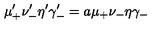
\mu _ { + } ^ { \prime } \nu _ { - } ^ { \prime } \eta ^ { \prime } \gamma _ { - } ^ { \prime } = a \mu _ { + } \nu _ { - } \eta \gamma _ { - }